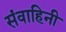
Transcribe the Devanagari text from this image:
संवाहिनी